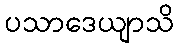
ပသာဒေယျာသိ